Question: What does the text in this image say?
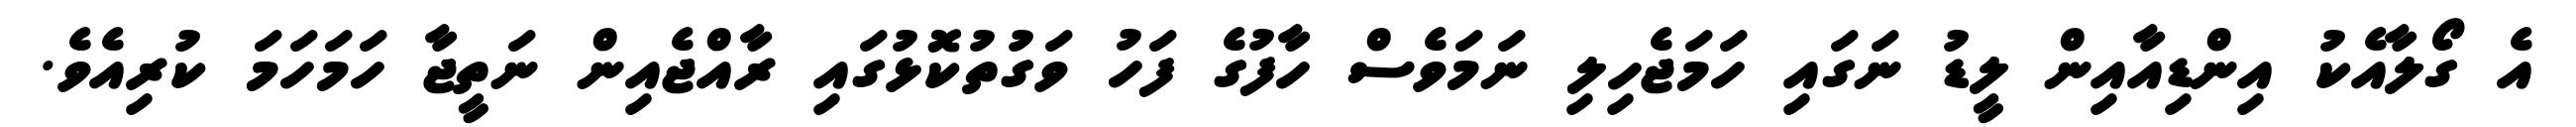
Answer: އެ ގޯލާއެކު އިންޑިއާއިން ލީޑު ނަގައި ހަމަޖެހިލި ނަމަވެސް ހާފުގެ ފަހު ވަގުތުކޮޅުގައި ރާއްޖެއިން ނަތީޖާ ހަމަހަމަ ކުރިއެވެ.